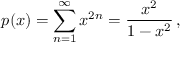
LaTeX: p ( x ) = \sum _ { n = 1 } ^ { \infty } x ^ { 2 n } = { \frac { x ^ { 2 } } { 1 - x ^ { 2 } } } \, ,